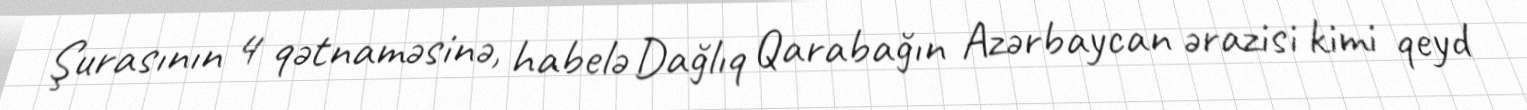
Şurasının 4 qətnaməsinə, habelə Dağlıq Qarabağın Azərbaycan ərazisi kimi qeyd